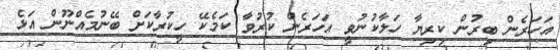
އަހަރެން ބިރުން ކިރިޔާ ހަލާކުނުވީ އަހަރެން ކުރުވާ ކަމެކޭ ހީކުރާކަށް ބޭނުމެއްނޫން އަޅެ